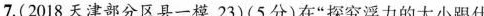
7.( 2018天津部分区县一模，2 3 )( 5 分 )在”探究浮力的大小跟什